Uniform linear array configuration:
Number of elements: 12
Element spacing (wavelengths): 1
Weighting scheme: binomial
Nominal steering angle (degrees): -60
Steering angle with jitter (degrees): -60.071
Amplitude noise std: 0.05
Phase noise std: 0.05

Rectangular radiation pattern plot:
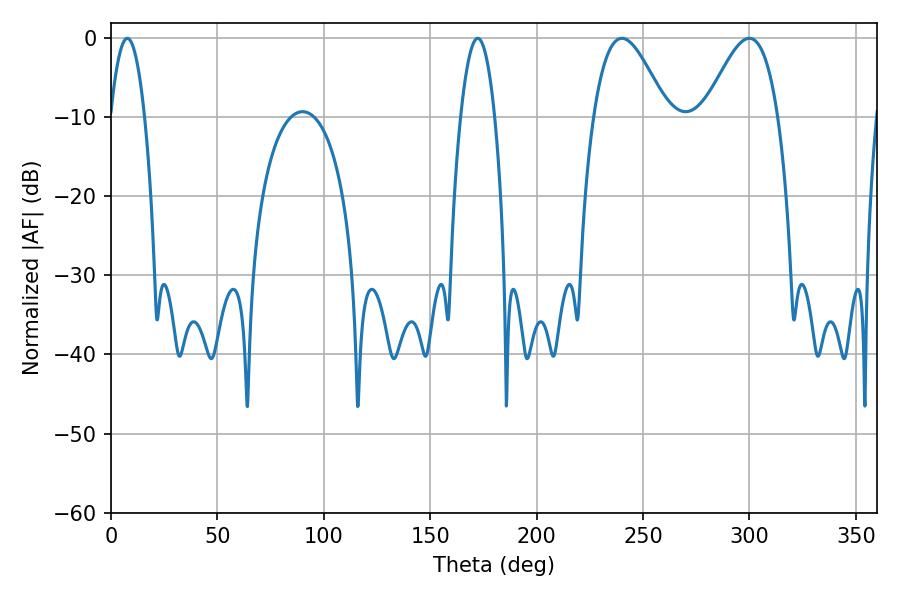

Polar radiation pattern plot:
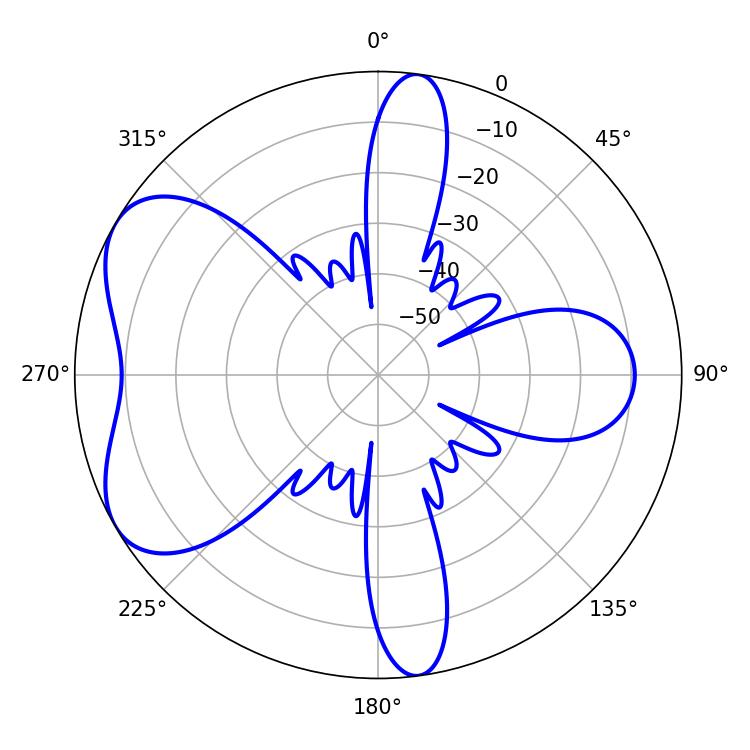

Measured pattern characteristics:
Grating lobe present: TRUE
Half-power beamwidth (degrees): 18.54
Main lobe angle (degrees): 240.12